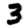
Digit: 3